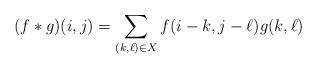
LaTeX: \begin{align*} (f*g)(i,j) = \sum_{(k, \ell)\in X} f(i-k, j-\ell)g(k,\ell)\end{align*}